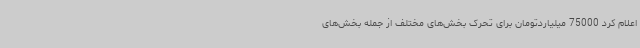
اعلام کرد 75000 میلیاردتومان برای تحرک بخش‌های مختلف از جمله بخش‌های